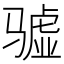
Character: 𱅧